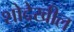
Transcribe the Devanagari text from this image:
शोदेखील